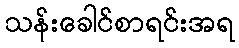
သန်းခေါင်စာရင်းအရ